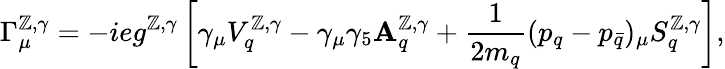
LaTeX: \Gamma_{\mu}^{\mathbb{Z},\gamma}=-ieg^{\mathbb{Z},\gamma}\left[\gamma_{\mu}V_{q}^{\mathbb{Z},\gamma}-\gamma_{\mu}\gamma_{5}\mathbf{A}_{q}^{\mathbb{Z},\gamma}+\frac{{1}}{{2m_{q}}}(p_{q}-p_{\bar{{q}}})_{\mu}S_{q}^{\mathbb{Z},\gamma}\right],